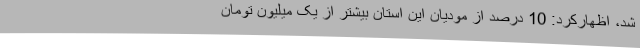
شد، اظهارکرد: 10 درصد از مودیان این استان بیشتر از یک میلیون تومان